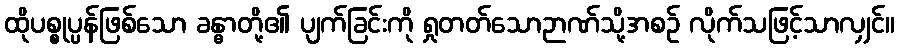
ထိုပစ္စုပ္ပန်ဖြစ်သော ခန္ဓာတို့၏ ပျက်ခြင်းကို ရှုတတ်သောဉာဏ်သို့အစဉ် လိုက်သဖြင့်သာလျှင်။